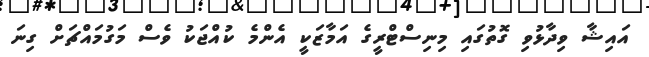
އައިޝާ ވިދާޅުވި ގޮތުގައި މިނިސްޓްރީގެ އަމާޒަކީ އެންމެ ކުއްޖަކު ވެސް މަގުމައްޗަށް ގިނަ